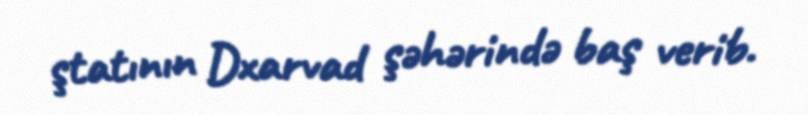
ştatının Dxarvad şəhərində baş verib.